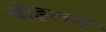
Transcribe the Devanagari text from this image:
ब्रोइलरों